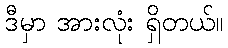
ဒီမှာ အားလုံး ရှိတယ်။